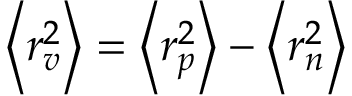
\left< r _ { v } ^ { 2 } \right> = \left< r _ { p } ^ { 2 } \right> - \left< r _ { n } ^ { 2 } \right>